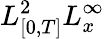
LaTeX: L_{[0,T]}^{2}L_{x}^{\infty}